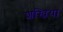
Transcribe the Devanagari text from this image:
शंखिया